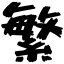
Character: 繁